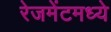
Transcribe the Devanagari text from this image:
रेजमेंटमध्ये